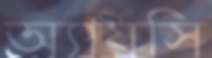
অ্যায়সি